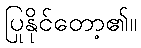
ပြုနိုင်တော့၏။